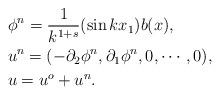
LaTeX: \begin{align*} & \phi^n = \frac 1 {k^{1+s}}( \sin kx_1) b(x), \\ & u^n = (-\partial_2 \phi^n, \partial_1 \phi^n, 0,\cdots, 0), \\ & u=u^o+u^n. \end{align*}